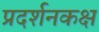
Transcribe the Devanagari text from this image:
प्रदर्शनकक्ष